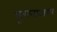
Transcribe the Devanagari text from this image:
सूचनाअगर